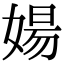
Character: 婸